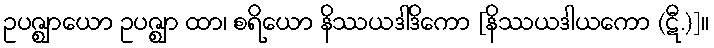
ဥပဇ္ဈာယော ဥပဇ္ဈာ ထာ၊ စရိယော နိဿယဒါဒိကော [နိဿယဒါယကော (ဋီ.)]။